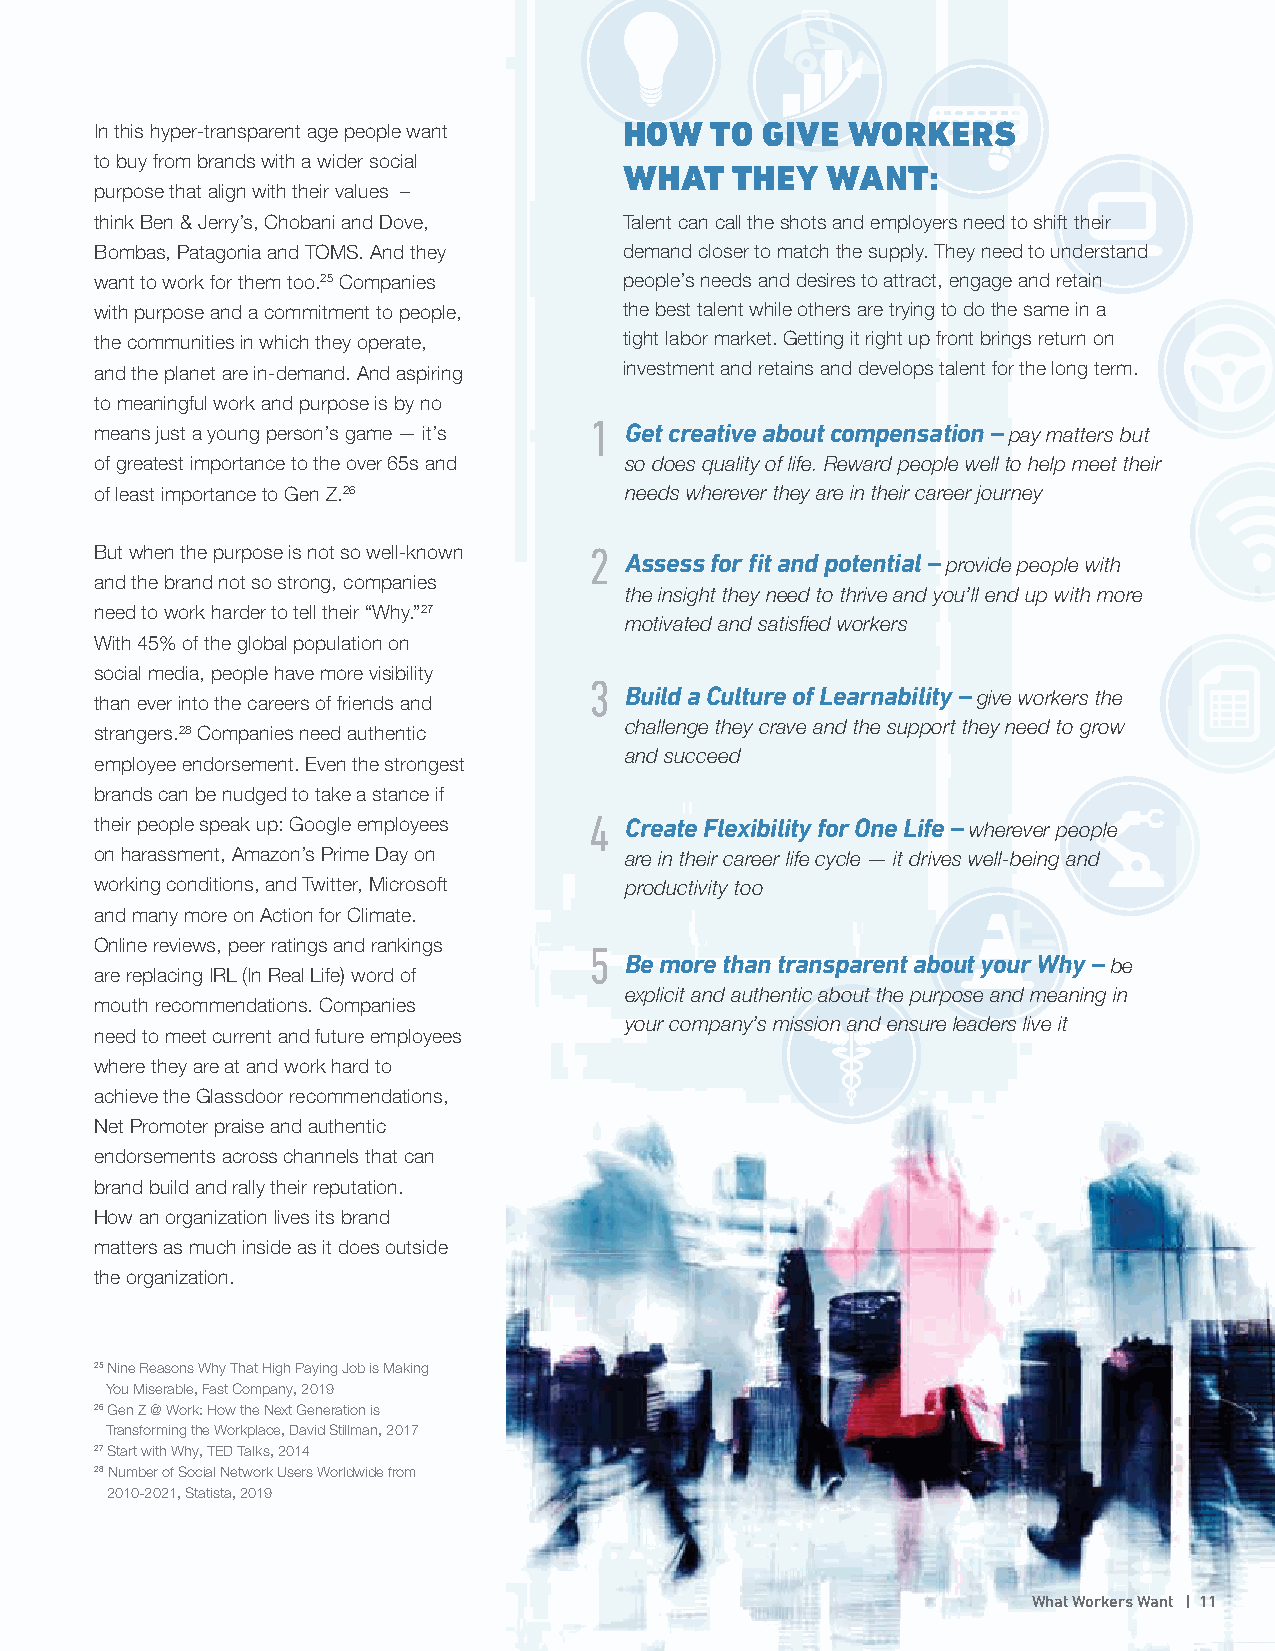
In this hyper-transparent age people want HOW TO GIVE WORKERS
 to buy from brands with a wider social
 WHAT    THEY  WANT:
 purpose that align with their values –
 think Ben & Jerry’s, Chobani and Dove, Talent can call the shots and employers need to shift their
 Bombas, Patagonia and TOMS. And they demand closer to match the supply. They need to understand
 want to work for them too.25 Companies people’s needs and desires to attract, engage and retain
 with purpose and a commitment to people, the best talent while others are trying to do the same in a
 the communities in which they operate, tight labor market. Getting it right up front brings return on
 and the planet are in-demand. And aspiring investment and retains and develops talent for the long term.
 to meaningful work and purpose is by no
 1
 means just a young person’s game — it’s Get creative about compensation – pay matters but
 of greatest importance to the over 65s and so does quality of life. Reward people well to help meet their
 of least importance to Gen Z.26    needs wherever they are in their career journey
 But when the purpose is not so well-known 2
 Assess for fit and potential – provide people with
 and the brand not so strong, companies
 the insight they need to thrive and you’ll end up with more
 need to work harder to tell their “Why.”27
 motivated and satisfied workers
 With 45% of the global population on
 social media, people have more visibility
 3
 than ever into the careers of friends and Build a Culture of Learnability – give workers the
 challenge they crave and the support they need to grow
 strangers.28 Companies need authentic
 and succeed
 employee endorsement. Even the strongest
 brands can be nudged to take a stance if
 their people speak up: Google employees 4 Create Flexibility for One Life – wherever people
 on harassment, Amazon’s Prime Day on are in their career life cycle — it drives well-being and
 working conditions, and Twitter, Microsoft productivity too
 and many more on Action for Climate.
 Online reviews, peer ratings and rankings 5
 Be more than transparent about your Why – be
 are replacing IRL (In Real Life) word of
 explicit and authentic about the purpose and meaning in
 mouth recommendations. Companies
 your company’s mission and ensure leaders live it
 need to meet current and future employees
 where they are at and work hard to
 achieve the Glassdoor recommendations,
 Net Promoter praise and authentic
 endorsements across channels that can
 brand build and rally their reputation.
 How an organization lives its brand
 matters as much inside as it does outside
 the organization.
 25 Nine Reasons Why That High Paying Job is Making
 You Miserable, Fast Company, 2019
 26 Gen Z @ Work: How the Next Generation is
 Transforming the Workplace, David Stillman, 2017
 27 Start with Why, TED Talks, 2014
 28 Number of Social Network Users Worldwide from
 2010-2021, Statista, 2019
 What Workers Want | 11